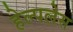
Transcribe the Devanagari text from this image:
हेल्पलेस